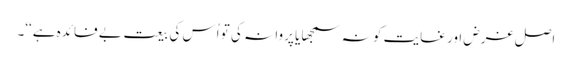
اصل غرض اور غایت کو نہ سمجھا یا پروا نہ کی تو اُس کی بیعت بے فائدہ ہے‘‘۔